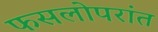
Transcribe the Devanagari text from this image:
फसलोपरांत